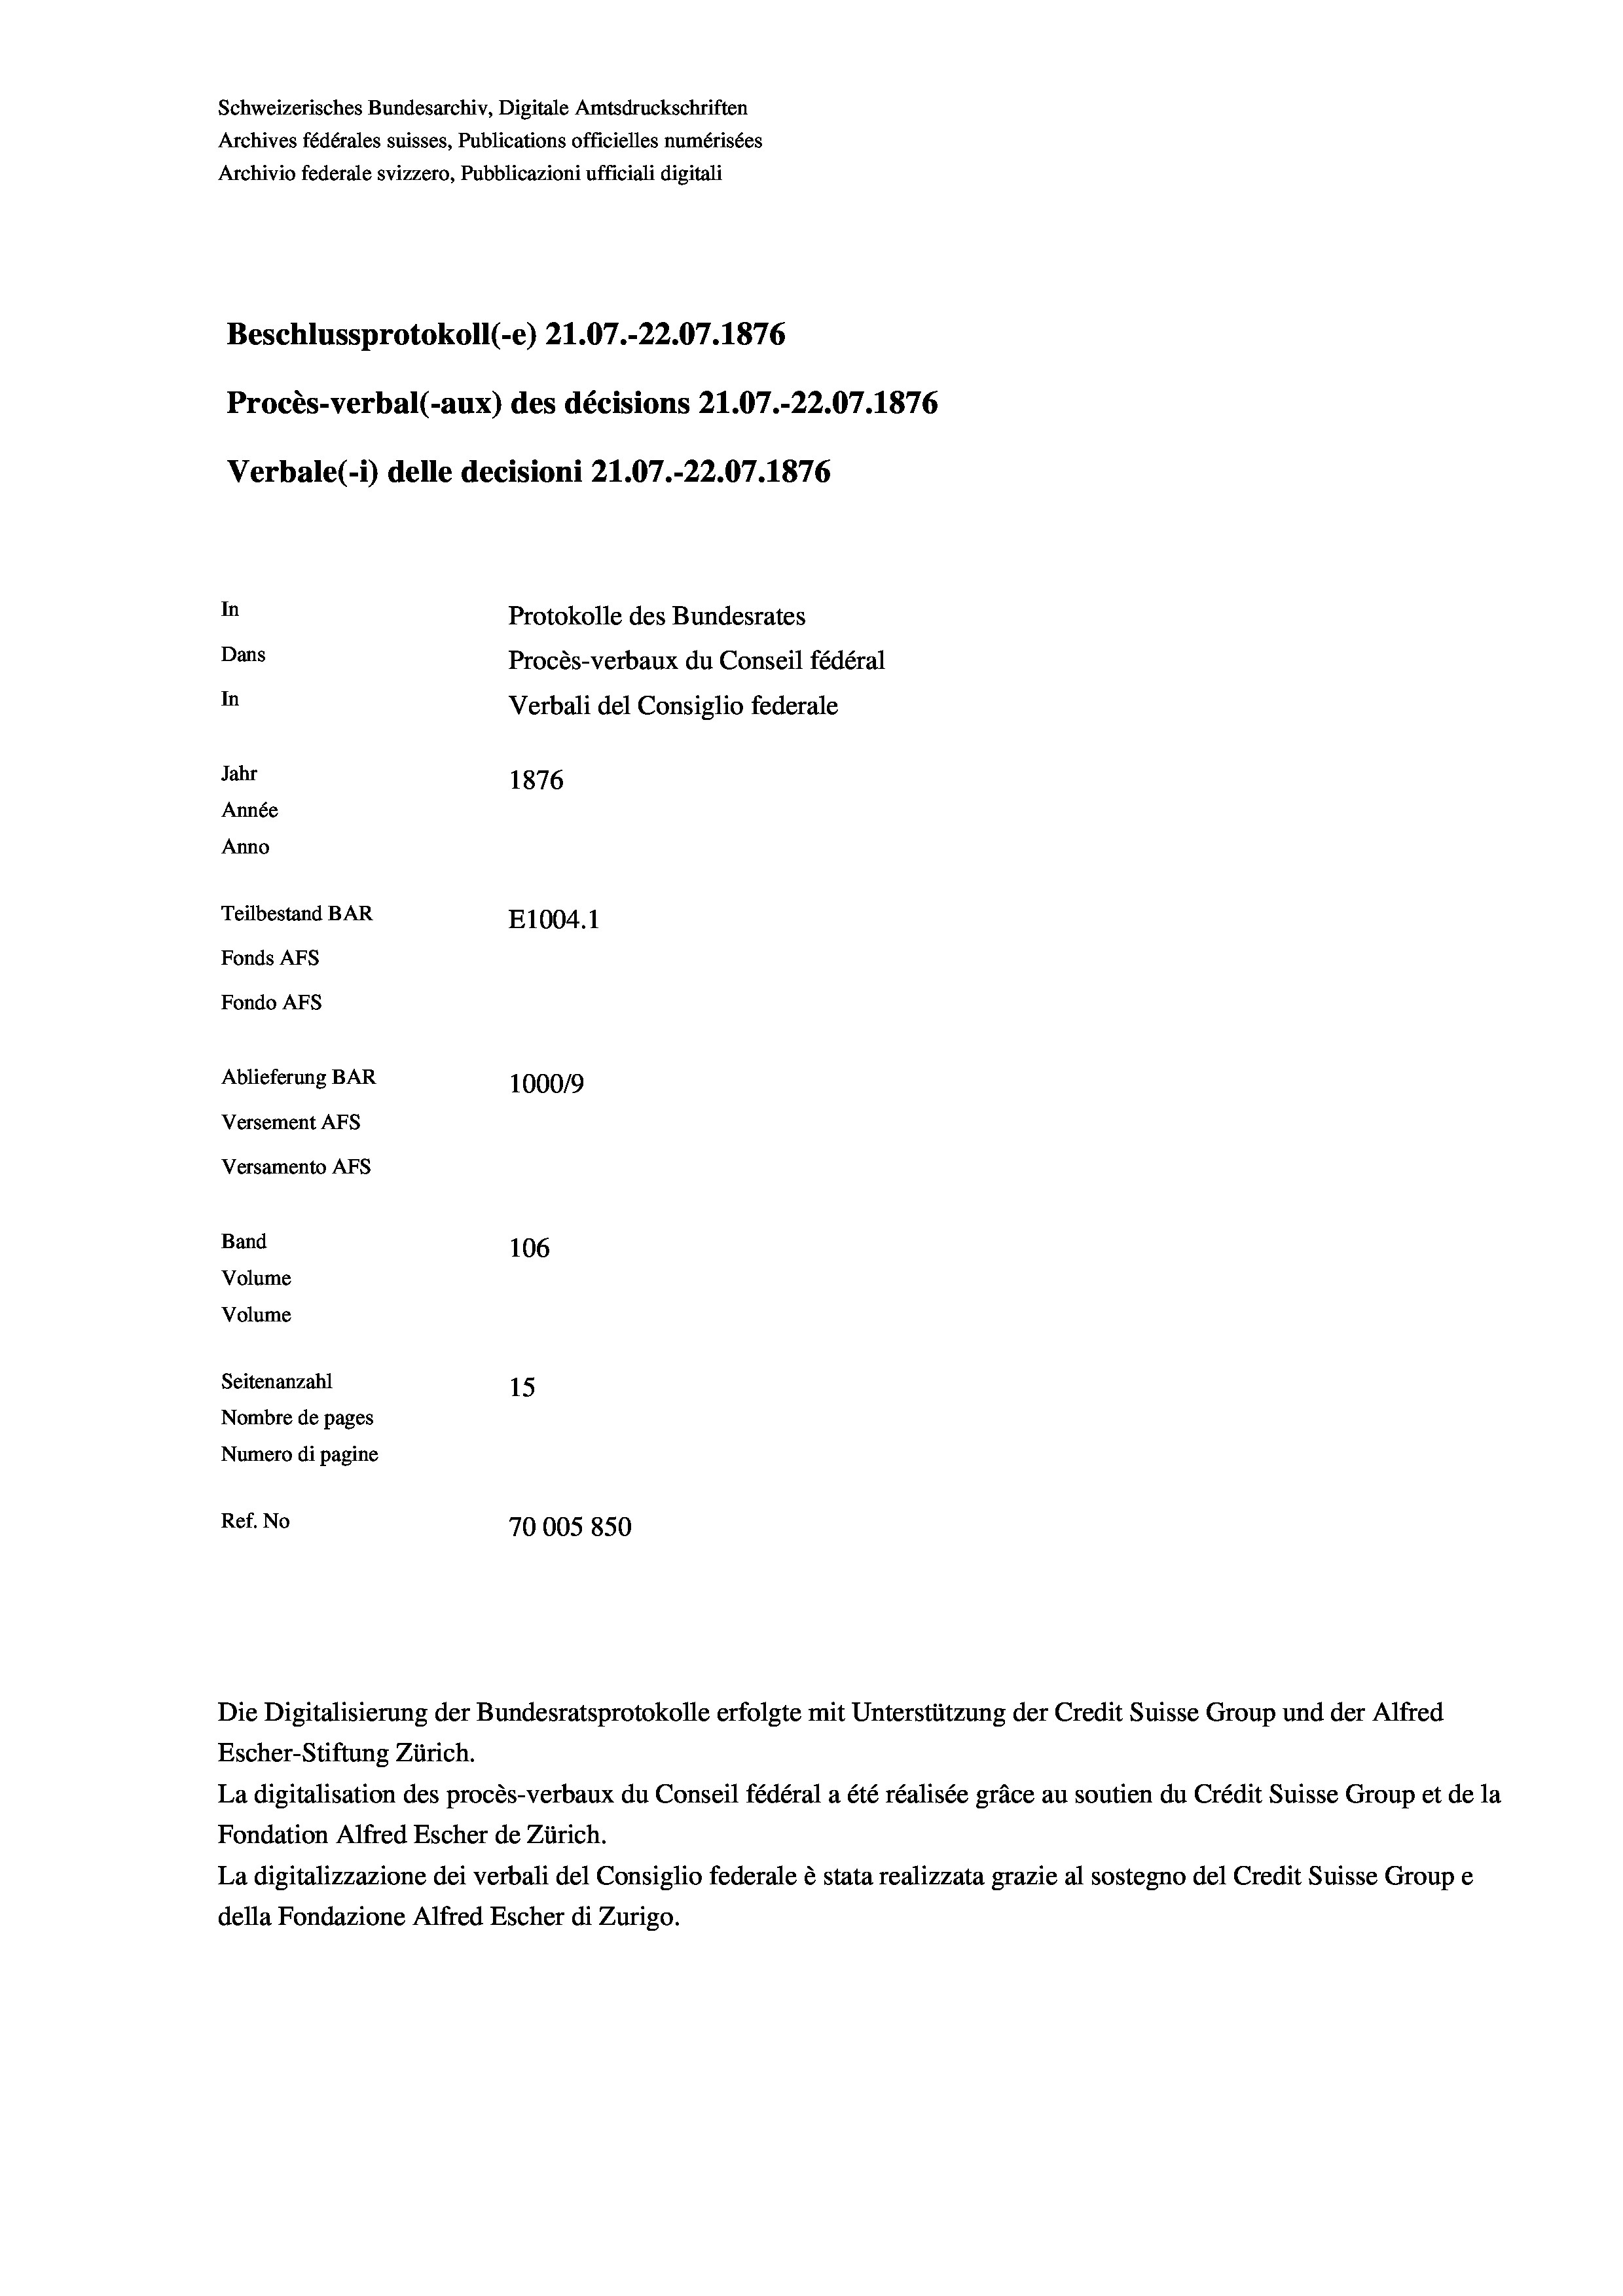
Schweizerisches Bundesarchiv, Digitale Amtsdruckschriften
Archives fédérales suisses, Publications officielles numérisées
Archivio federale svizzero, Pubblicazioni ufficiali digitali
Beschlussprotokoll (-e) 21.07.-22.07. 1876
Procès-verbal (-aux) des décisions 21.07.-22.07. 1876
Verbale(- 1) delle decisioni 21.07.-22.07. 1876
In
Protokolle des Bundesrates
Dans
Procès-verbaux du Conseil fédéral
In
Verbali del Consiglio federale
Jahr
1876
Année
Anno
Teilbestand BAR
E1004. 1
Fonds AFs
Fondo Afs
Ablieferung BAR
100019
Versement AFs
Versamento Afs
Band
106
Volume
Volume

Seitenanzahl
15
Nombre de pages
Numero di pagine
Ref. No
70005850

Escher-Stiftung Zürich.
La digitalisation des procès-verbaux du Conseil fédéral a été réalisée gräce au soutien du Crédit Suisse Group et de la
Fondation Alfred Escher de Zürich.
La digitalizzazione dei verbali del Consiglio federale è stata realizzata grazie al sostegno del Credit Suisse Groupe
della Fondazione Alfred Escher di Zurigo.

Die Digitalisierung der Bundesratsprotokolle erfolgte mit Unterstützung der Credit Suisse Group und der Alfred